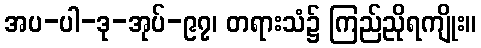
အပ-ပါ-ဒု-အုပ်-၉၇၊ တရားသံ၌ ကြည်ညိုရကျိုး။